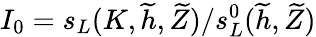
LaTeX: I_{0}=s_{L}(K,\widetilde{h},\widetilde{Z})/s_{L}^{0}(\widetilde{h},\widetilde{Z})